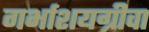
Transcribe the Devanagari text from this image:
गर्भाशयग्रीवा